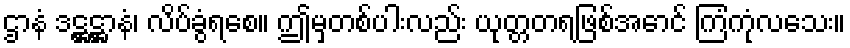
ဌာနံ ဒဋ္ဌဋ္ဌာနံ၊ လိပ်ခွံရစေ။ ဤမှတစ်ပါးလည်း ယုတ္တတရဖြစ်အောင် ကြံကုံလသေး။